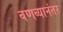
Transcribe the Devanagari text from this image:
वणव्यानंतर